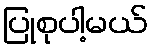
ပြုစုပါ့မယ်